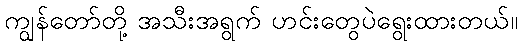
ကျွန်တော်တို့ အသီးအရွက် ဟင်းတွေပဲရွေးထားတယ်။